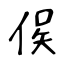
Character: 㑨